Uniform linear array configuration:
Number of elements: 48
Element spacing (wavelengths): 1
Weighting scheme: blackman
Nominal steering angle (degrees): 60
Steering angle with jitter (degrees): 60.247
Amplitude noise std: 0.05
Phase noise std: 0.05

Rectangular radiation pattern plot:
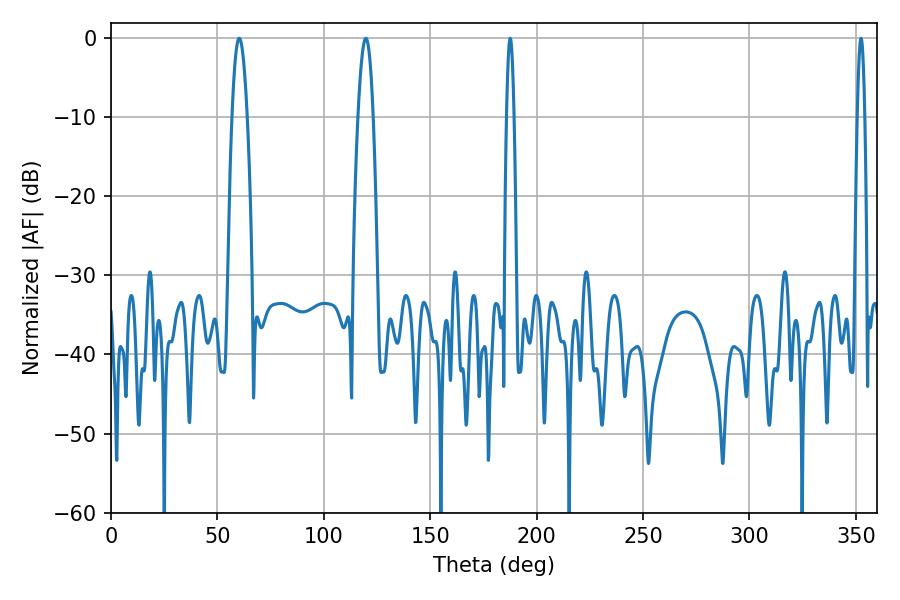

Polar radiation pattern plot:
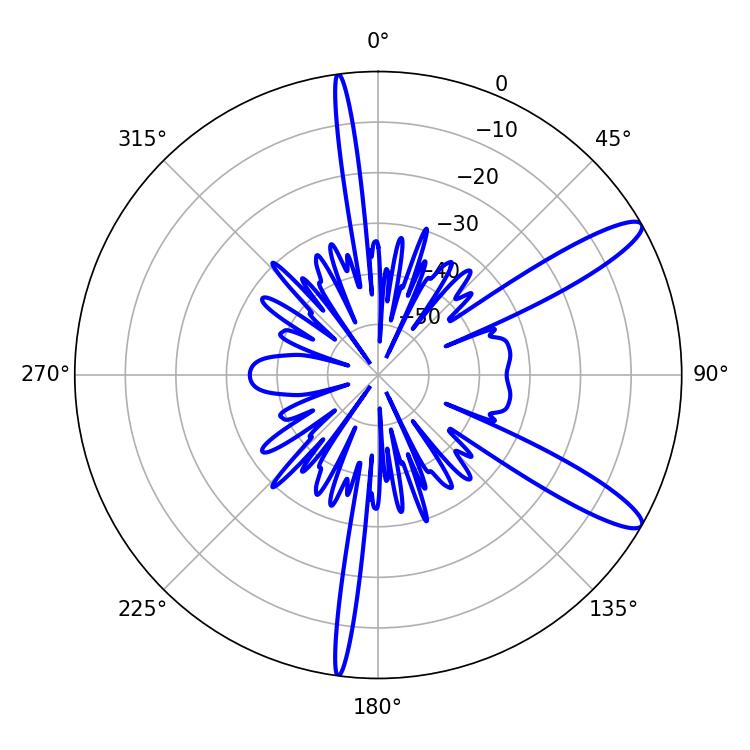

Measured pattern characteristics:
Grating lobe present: TRUE
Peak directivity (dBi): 12.238
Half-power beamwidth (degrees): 1.8
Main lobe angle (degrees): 187.56